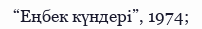
“Еңбек күндері”, 1974;